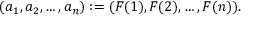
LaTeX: ( a _ { 1 } , a _ { 2 } , \dots , a _ { n } ) : = ( F ( 1 ) , F ( 2 ) , \dots , F ( n ) ) .